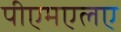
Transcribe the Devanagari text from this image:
पीएमएलए